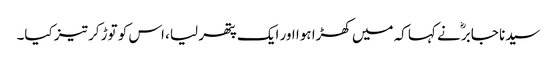
سیدنا جابرؓ نے کہا کہ میں کھڑا ہوا اور ایک پتھر لیا، اس کو توڑ کر تیز کیا۔